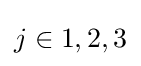
{\textstyle \textstyle {j\in {1,2,3}}}